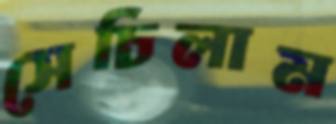
সেচিলাম